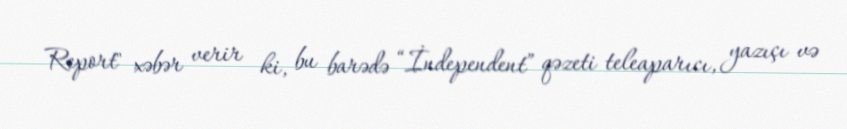
Report" xəbər verir ki, bu barədə “İndependent” qəzeti teleaparıcı, yazıçı və